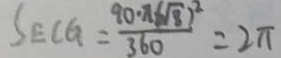
S _ { E C G } = \frac { 9 0 \cdot \pi ( \sqrt { 8 } ) ^ { 2 } } { 3 6 0 } = 2 \pi